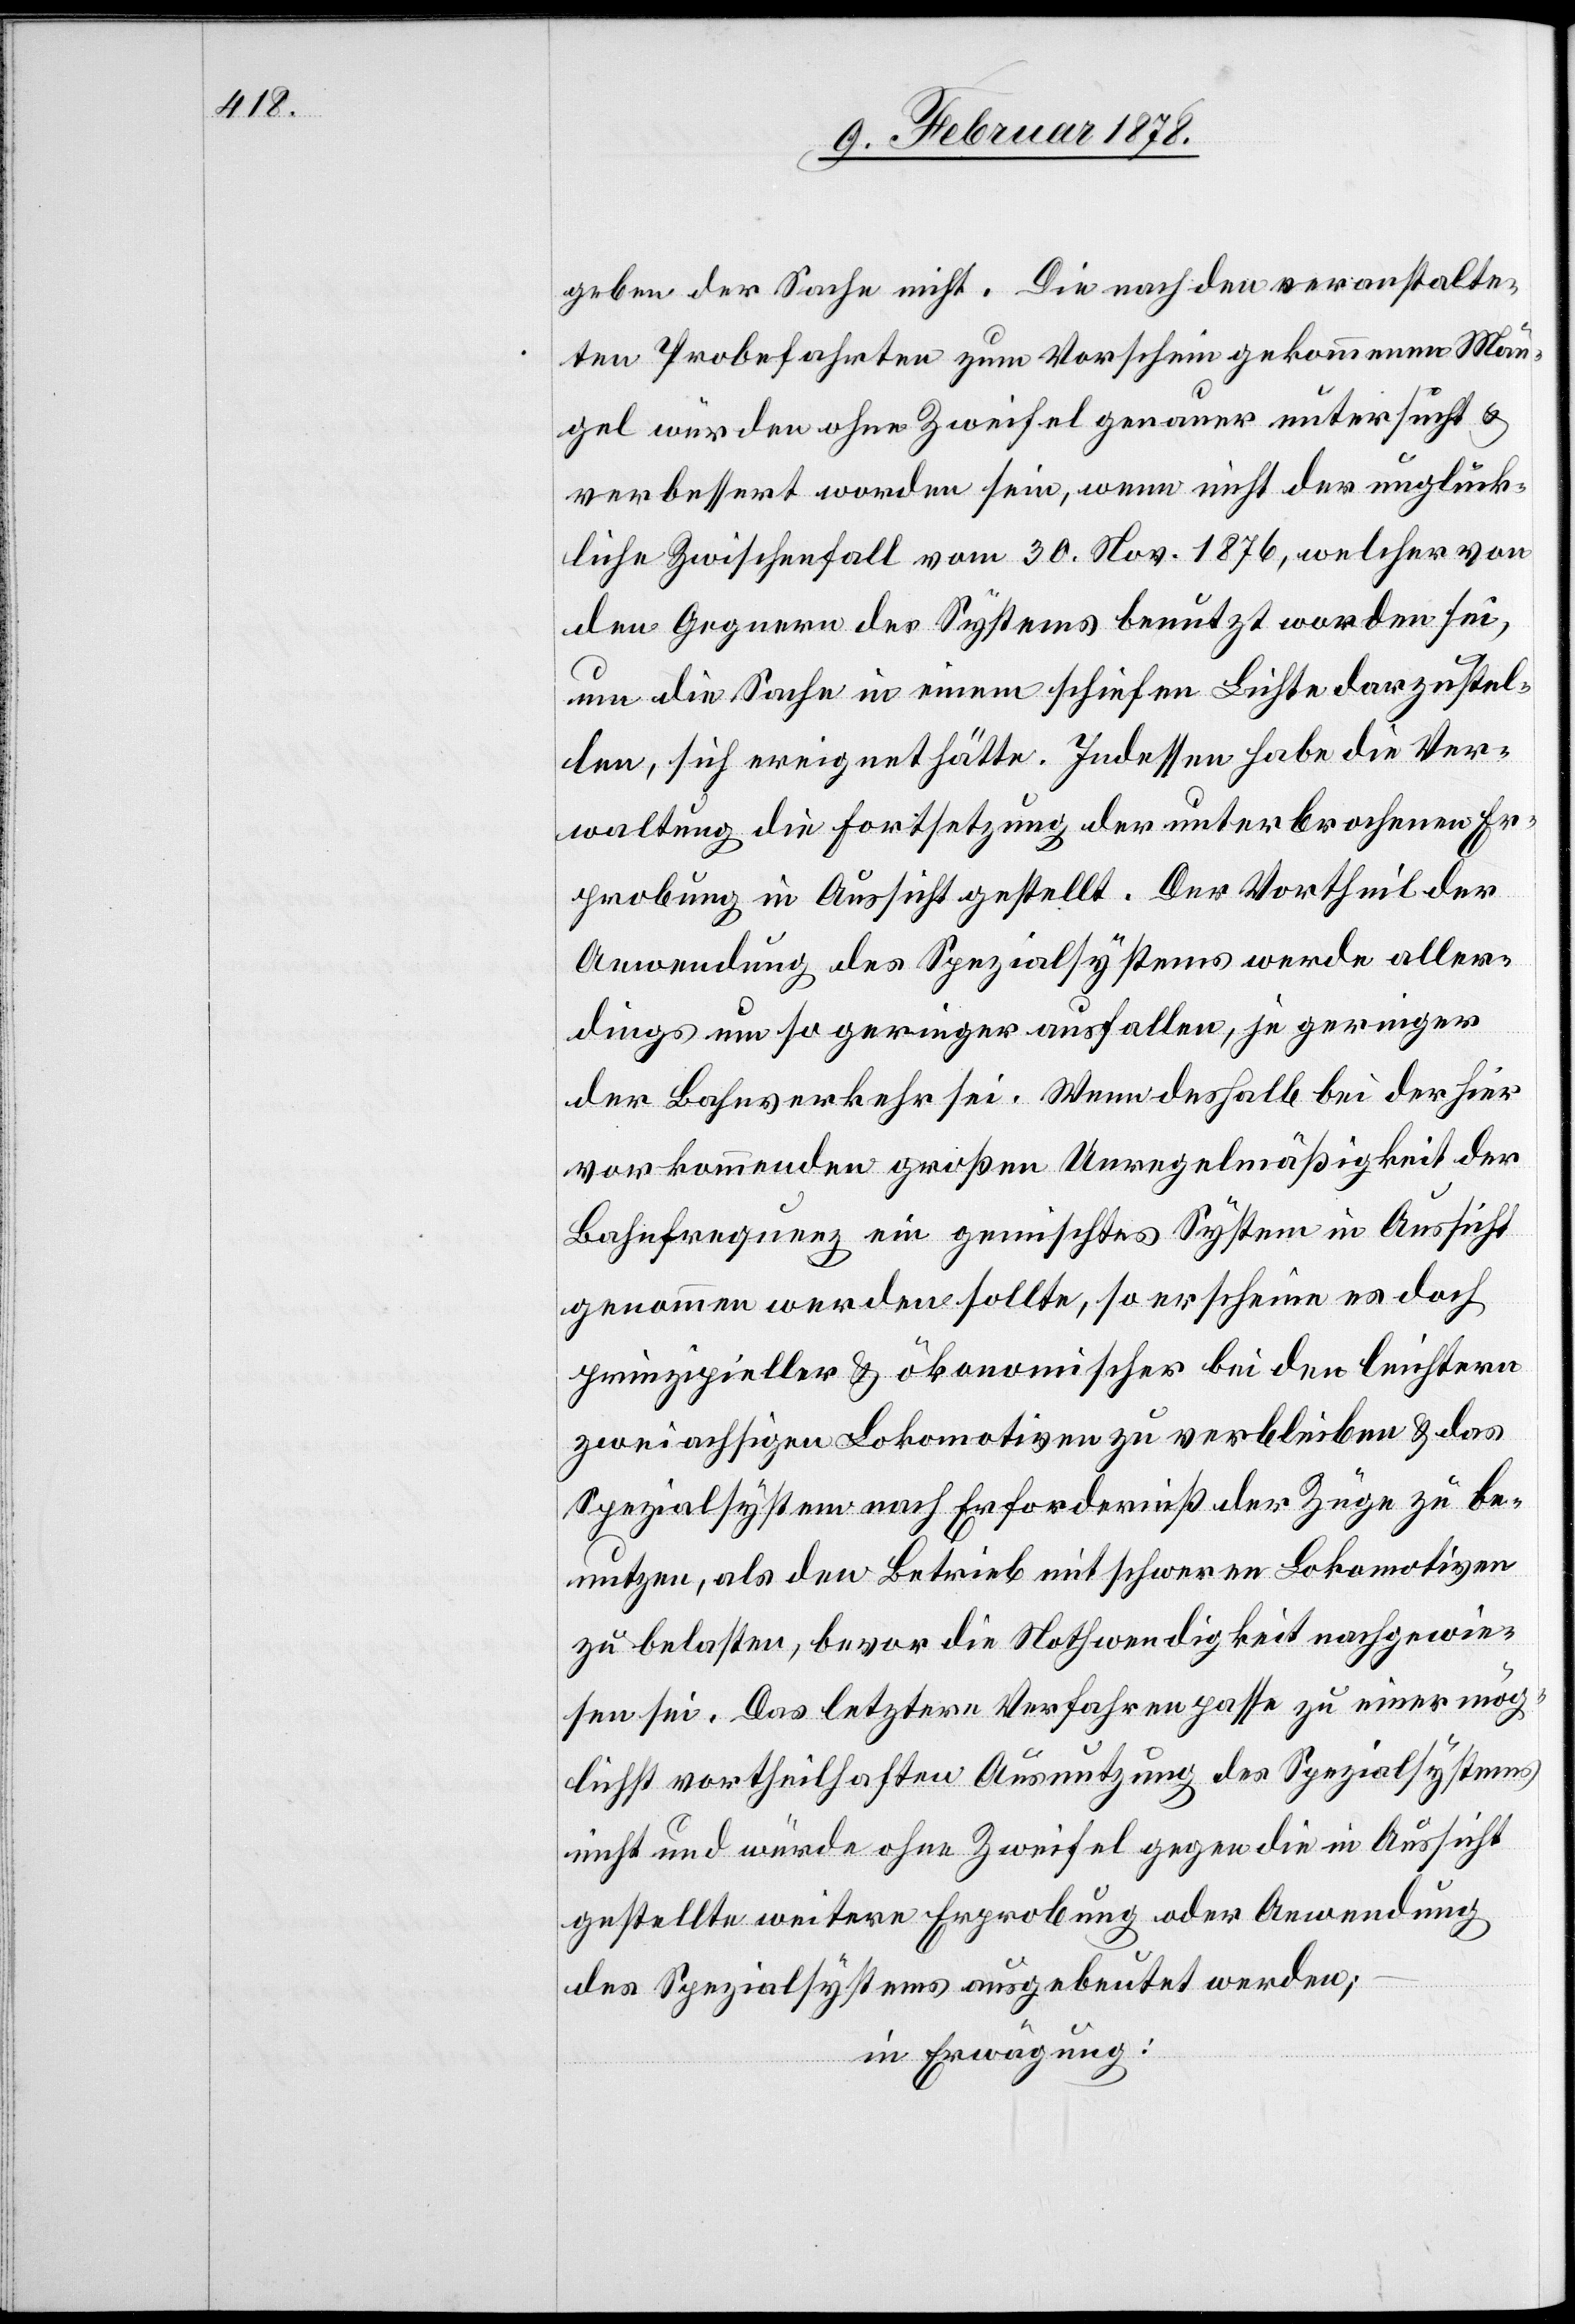
geben der Sache nicht. Die nach den veranstalte¬
ten Probefahrten zum Vorschein gekommenen Män¬
gel würden ohne Zweifel genauer untersucht &
verbessert worden sein, wenn nicht der unglück¬
liche Zwischenfall vom 30. Nov. 1876, welcher von
den Gegnern des Systems benutzt worden sei,
um die Sache in einem schiefen Lichte darzustel¬
len, sich ereignet hätte. Indessen habe die Ver¬
waltung die Fortsetzung der unterbrochenen Er¬
probung in Aussicht gestellt. Der Vortheil der
Anwendung des Spezialsystems werde aller¬
dings um so geringer ausfallen, je geringer
der Bahnverkehr sei. Wenn deshalb bei der hier
vorkommenden großen Unregelmäßigkeit der
Bahnfrequenz ein gemischtes System in Aussicht
genommen werden sollte, so erscheine es doch
prinzipieller & ökonomischer bei den leichtern
zweiachsigen Lokomotiven zu verbleiben & das
Spezialsystem nach Erforderniß der Züge zu be¬
nutzen, als den Betrieb mit schweren Lokomotiven
zu belasten, bevor die Nothwendigkeit nachgewie¬
sen sei. Das letztere Verfahren passe zu einer mög¬
lichst vortheilhaften Ausnutzung des Spezialsystems
nicht und würde ohne Zweifel gegen die in Aussicht
gestellte weitere Erprobung oder Anwendung
des Spezialsystems ausgebeutet werden;
in Erwägung: